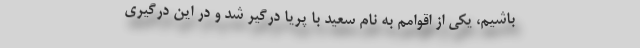
باشیم، یکی از اقوامم به نام سعید با پریا درگیر شد و در این درگیری